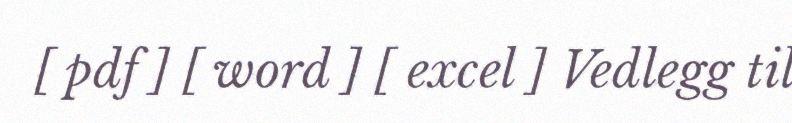
[ pdf ] [ word ] [ excel ] Vedlegg til